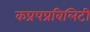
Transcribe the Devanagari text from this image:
कप्रपप्रबिलिटी